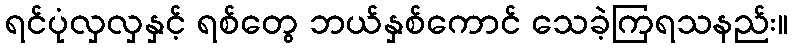
ရင်ပုံလှလှနှင့် ရစ်တွေ ဘယ်နှစ်ကောင် သေခဲ့ကြရသနည်း။